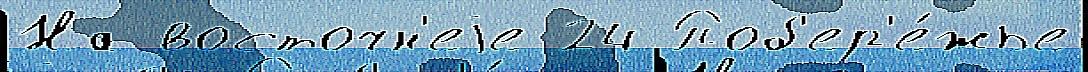
На восточн'еjе 24 Поб'ер'е́жье